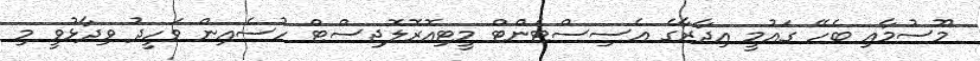
މޫސުމާއި ބެހޭ ގައުމީ އިދާރާގެ އެސިސްޓެންޓް މީޓިއޮރޮލޮޖިސްޓް ހުސެއިން ވަހީދު ވިދާޅުވީ މި